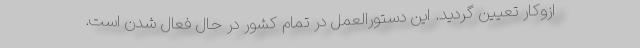
ازوکار تعیین گردید. این دستورالعمل در تمام کشور در حال فعال شدن است.